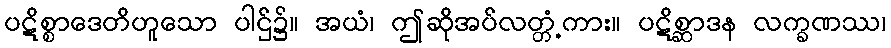
ပဋိစ္စာဒေတိဟူသော ပါဌ်၌။ အယံ၊ ဤဆိုအပ်လတ္တံ့ကား။ ပဋိစ္ဆာဒန လက္ခဏဿ၊